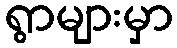
ရွာများမှာ